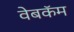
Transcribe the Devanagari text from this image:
वेबकॅम